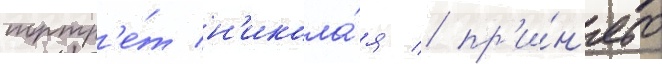
портр'е́т н'икола́я / пр'и́н'ято